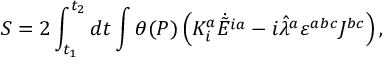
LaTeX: S = 2 \int _ { t _ { 1 } } ^ { t _ { 2 } } d t \int \theta ( P ) \left( K _ { i } ^ { a } \dot { \tilde { E } ^ { i a } } - i \hat { \lambda } ^ { a } \varepsilon ^ { a b c } J ^ { b c } \right) ,